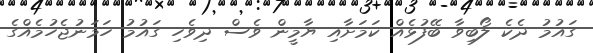
ގައުމު ދެކެ ލޯބިވާ ބޭފުޅެއް ކަމަށާއި ޔާމީން ވެސް ދިވެހި ގައުމު ހަމަނުޖެހުމެއްގެ